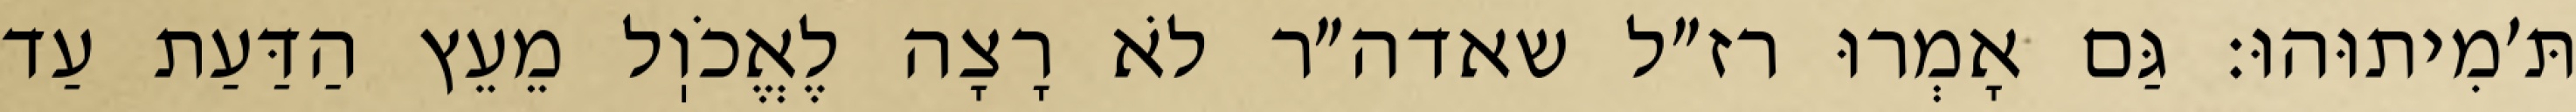
תּ׳מִיתוּהוּ: גַּם אָמְרוּ רז״ל שאדה״ר לֹא רָצָה לֶאֱכֹוֽל מֵעֵץ הַדַּעַת עַד